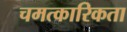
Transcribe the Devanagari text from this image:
चमत्कारिकता